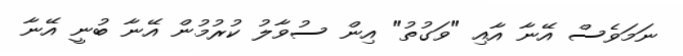
ނަމަވެސް އޭނާ އާއި "ވަގުތު" އިން ސުވާލު ކުރުމުން އޭނާ ބުނީ އޭނާ